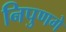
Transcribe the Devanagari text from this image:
निपुणगे